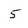
Character: 5